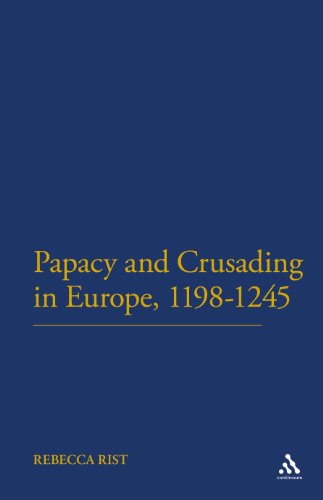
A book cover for The Papacy and Crusading in Europe, 1198-1245; Rebecca Rist; Christian Books & Bibles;